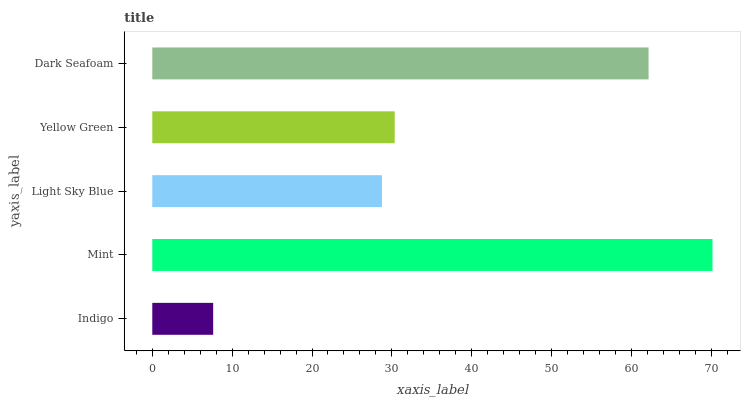
| yaxis_label | bars |
 | --- | --- |
 | Indigo | 7.62 |
 | Mint | 70.1 |
 | Light Sky Blue | 28.8 |
 | Yellow Green | 30.4 |
 | Dark Seafoam | 62.1 |